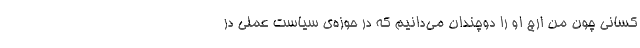
کسانی چون من ارج او را دوچندان می‌دانیم که در حوزه‌ی سیاست عملی در